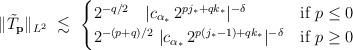
LaTeX: \begin{align*}\|{\tilde T}_{\bf p}\|_{L^2} \ \lesssim \ \begin{cases}2^{- q/2} \ \ \ |c_{\alpha_{*}} \, 2^{p j_{*} + q k_{*}} |^{-\delta} & \mbox{\rm if} \ p\le 0 \\2^{-(p+q)/2} \ |c_{\alpha_{*}} \, 2^{p(j_{*} -1) + q k_{*}} |^{-\delta} & \mbox{\rm if} \ p\ge 0 \end{cases}\end{align*}